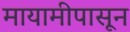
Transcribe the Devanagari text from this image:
मायामीपासून